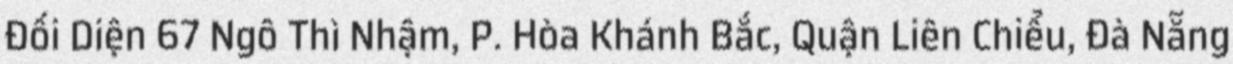
Đối Diện 67 Ngô Thì Nhậm, P. Hòa Khánh Bắc, Quận Liên Chiểu, Đà Nẵng